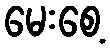
မေးစေ့